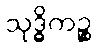
သုဒ္ဓိကဉ္စ